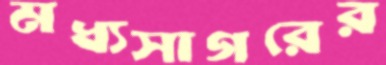
মধ্যসাগরের